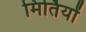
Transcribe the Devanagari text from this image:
मिर्तियों